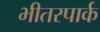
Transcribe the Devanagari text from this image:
भीतरपार्क